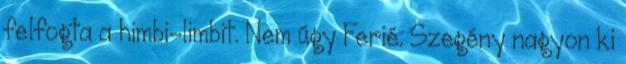
felfogta a himbi-limbit. Nem úgy Ferié. Szegény nagyon ki